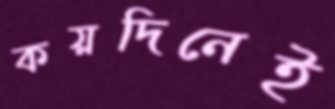
কয়দিনেই